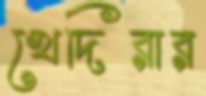
খেদিরার